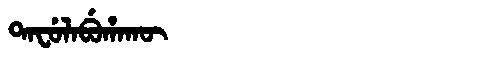
Manchu: ᡨᠠᠸᡠᠯᠠᠪᡠᡥᠠᡴᡡ
Romanization: TAFULABUHAKŪ